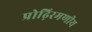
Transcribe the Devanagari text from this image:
प्रोढ़िरमणीय